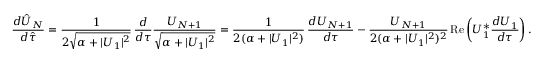
\frac { d \hat { U } _ { N } } { d \hat { \tau } } = \frac { 1 } { 2 \sqrt { \alpha + | U _ { 1 } | ^ { 2 } } } \, \frac { d } { d \tau } \frac { U _ { N + 1 } } { \sqrt { \alpha + | U _ { 1 } | ^ { 2 } } } = \frac { 1 } { 2 ( \alpha + | U _ { 1 } | ^ { 2 } ) } \, \frac { d U _ { N + 1 } } { d \tau } - \frac { U _ { N + 1 } } { 2 ( \alpha + | U _ { 1 } | ^ { 2 } ) ^ { 2 } } \, \mathrm { R e } \left( U _ { 1 } ^ { * } \frac { d U _ { 1 } } { d \tau } \right) .